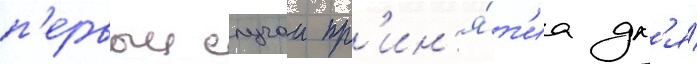
п'ервыи случаи пр'ин'я́т'иа дл'я́